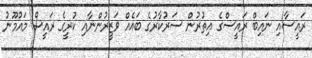
ރައީސާއި ނައިބް ރައީސްގެ އިތުރުން ސަރުކާރުގެ ބައެއް ވަޒީރުންނާއި ކުރީގެ ރައީސް މައުމޫނު